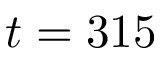
t = 3 1 5